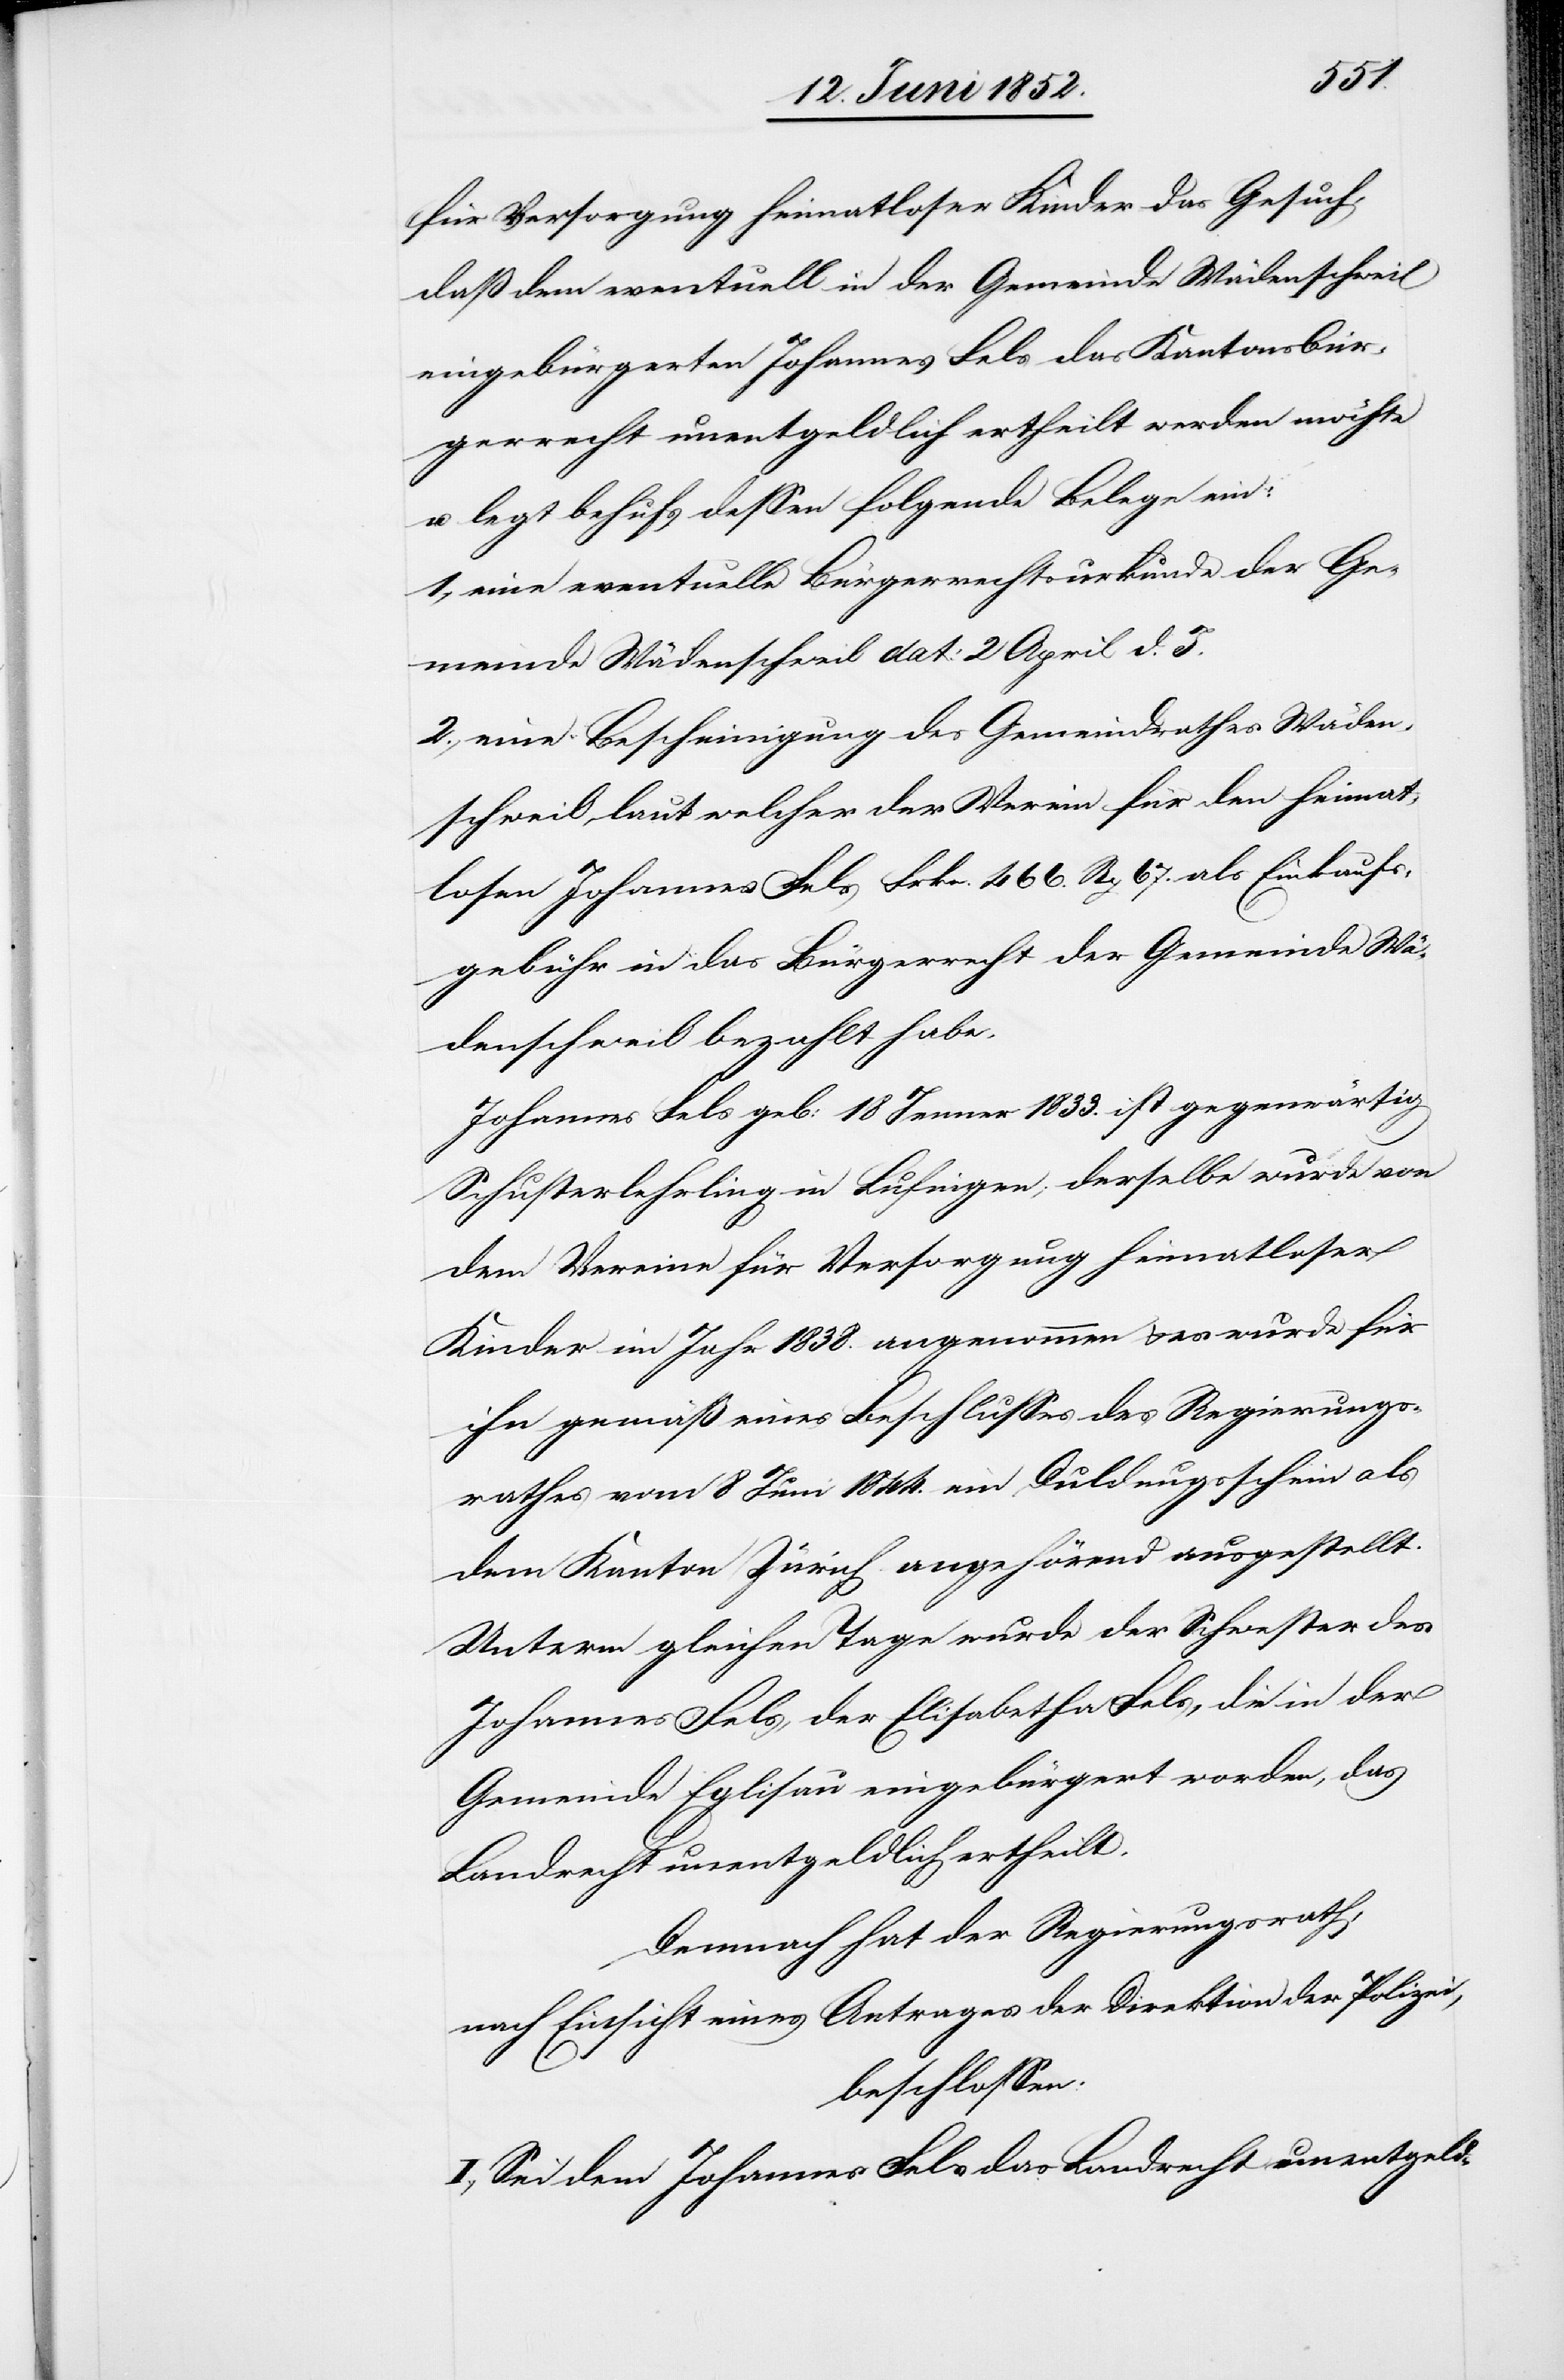
für Versorgung heimatloser Kinder das Gesuch,
daß dem eventuell in der Gemeinde Wädenschweil
eingebürgerten Johannes Fels das Kantonsbür¬
gerrecht unentgeldlich ertheilt werden möchte
u. legt behufs dessen folgende Belege ein:
1., eine eventuelle Bürgerrechtsurkunde der Ge¬
meinde Wädenschweil dat: 2 April d. J.
2., eine Bescheinigung des Gemeindrathes Wäden¬
schweil, laut welcher der Verein für den heimat¬
losen Johannes Fels Frkn. 466. Rp 67. als Einkaufs¬
gebühr in das Bürgerrecht der Gemeinde Wä¬
denschweil bezahlt habe.
Johannes Fels geb: 18 Jenner 1833. ist gegenwärtig
Schusterlehrling in Lufingen; derselbe wurde von
dem Vereine für Versorgung heimatloser
Kinder im Jahr 1838. angenommen & es wurde für
ihn gemäß eines Beschlusses des Regierungs¬
rathes vom 8 Juni 1844. ein Duldungsschein als
dem Kanton Zürich angehörend ausgestellt.
Unterm gleichen Tage wurde der Schwester des
Johannes Fels, der Elisabetha Fels, die in der
Gemeinde Eglisau eingebürgert worden, das
Landrecht unentgeldlich ertheilt.
Demnach hat der Regierungsrath,
nach Einsicht eines Antrages der Direktion der Polizei,
beschlossen:
I., Sei dem Johannes Fels das Landrecht unentgeld-